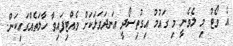
އެ ވޯޓު މި ލެވެނީ މި ގައުމު އިގުތިސޯދީ އަނދަވަޅަކަށް ވެއްޓިފައިވާ ހާލަތެއްގައިކަން.